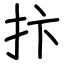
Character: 抃